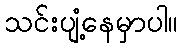
သင်းပျံ့နေမှာပါ။